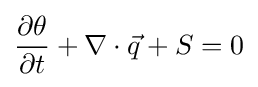
{\frac {\partial \theta }{\partial t}}+\nabla \cdot {\vec {q}}+S=0